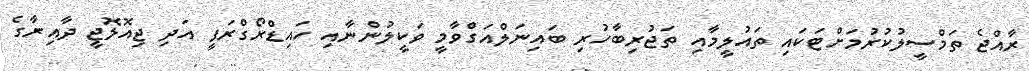
ރާއްޖެ ތަމްސީލުކުރުމަށްޓަކައި ތައުލީމާއި ތަޖުރިބާހުރި ބައިނަލްއަގްވާމީ ވަކީލުންނާއި ހައިޑްރޯގްރަފީ އަދި ޖިއޮލޮޖީ ދާއިރާގެ